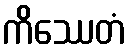
ကိဿေတံ